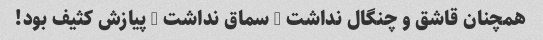
همچنان قاشق و چنگال نداشت + سماق نداشت + پیازش کثیف بود!